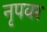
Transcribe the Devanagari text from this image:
नृपवर